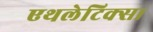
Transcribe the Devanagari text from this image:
एथलेटिक्स।